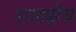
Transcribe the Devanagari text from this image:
शाहझैब